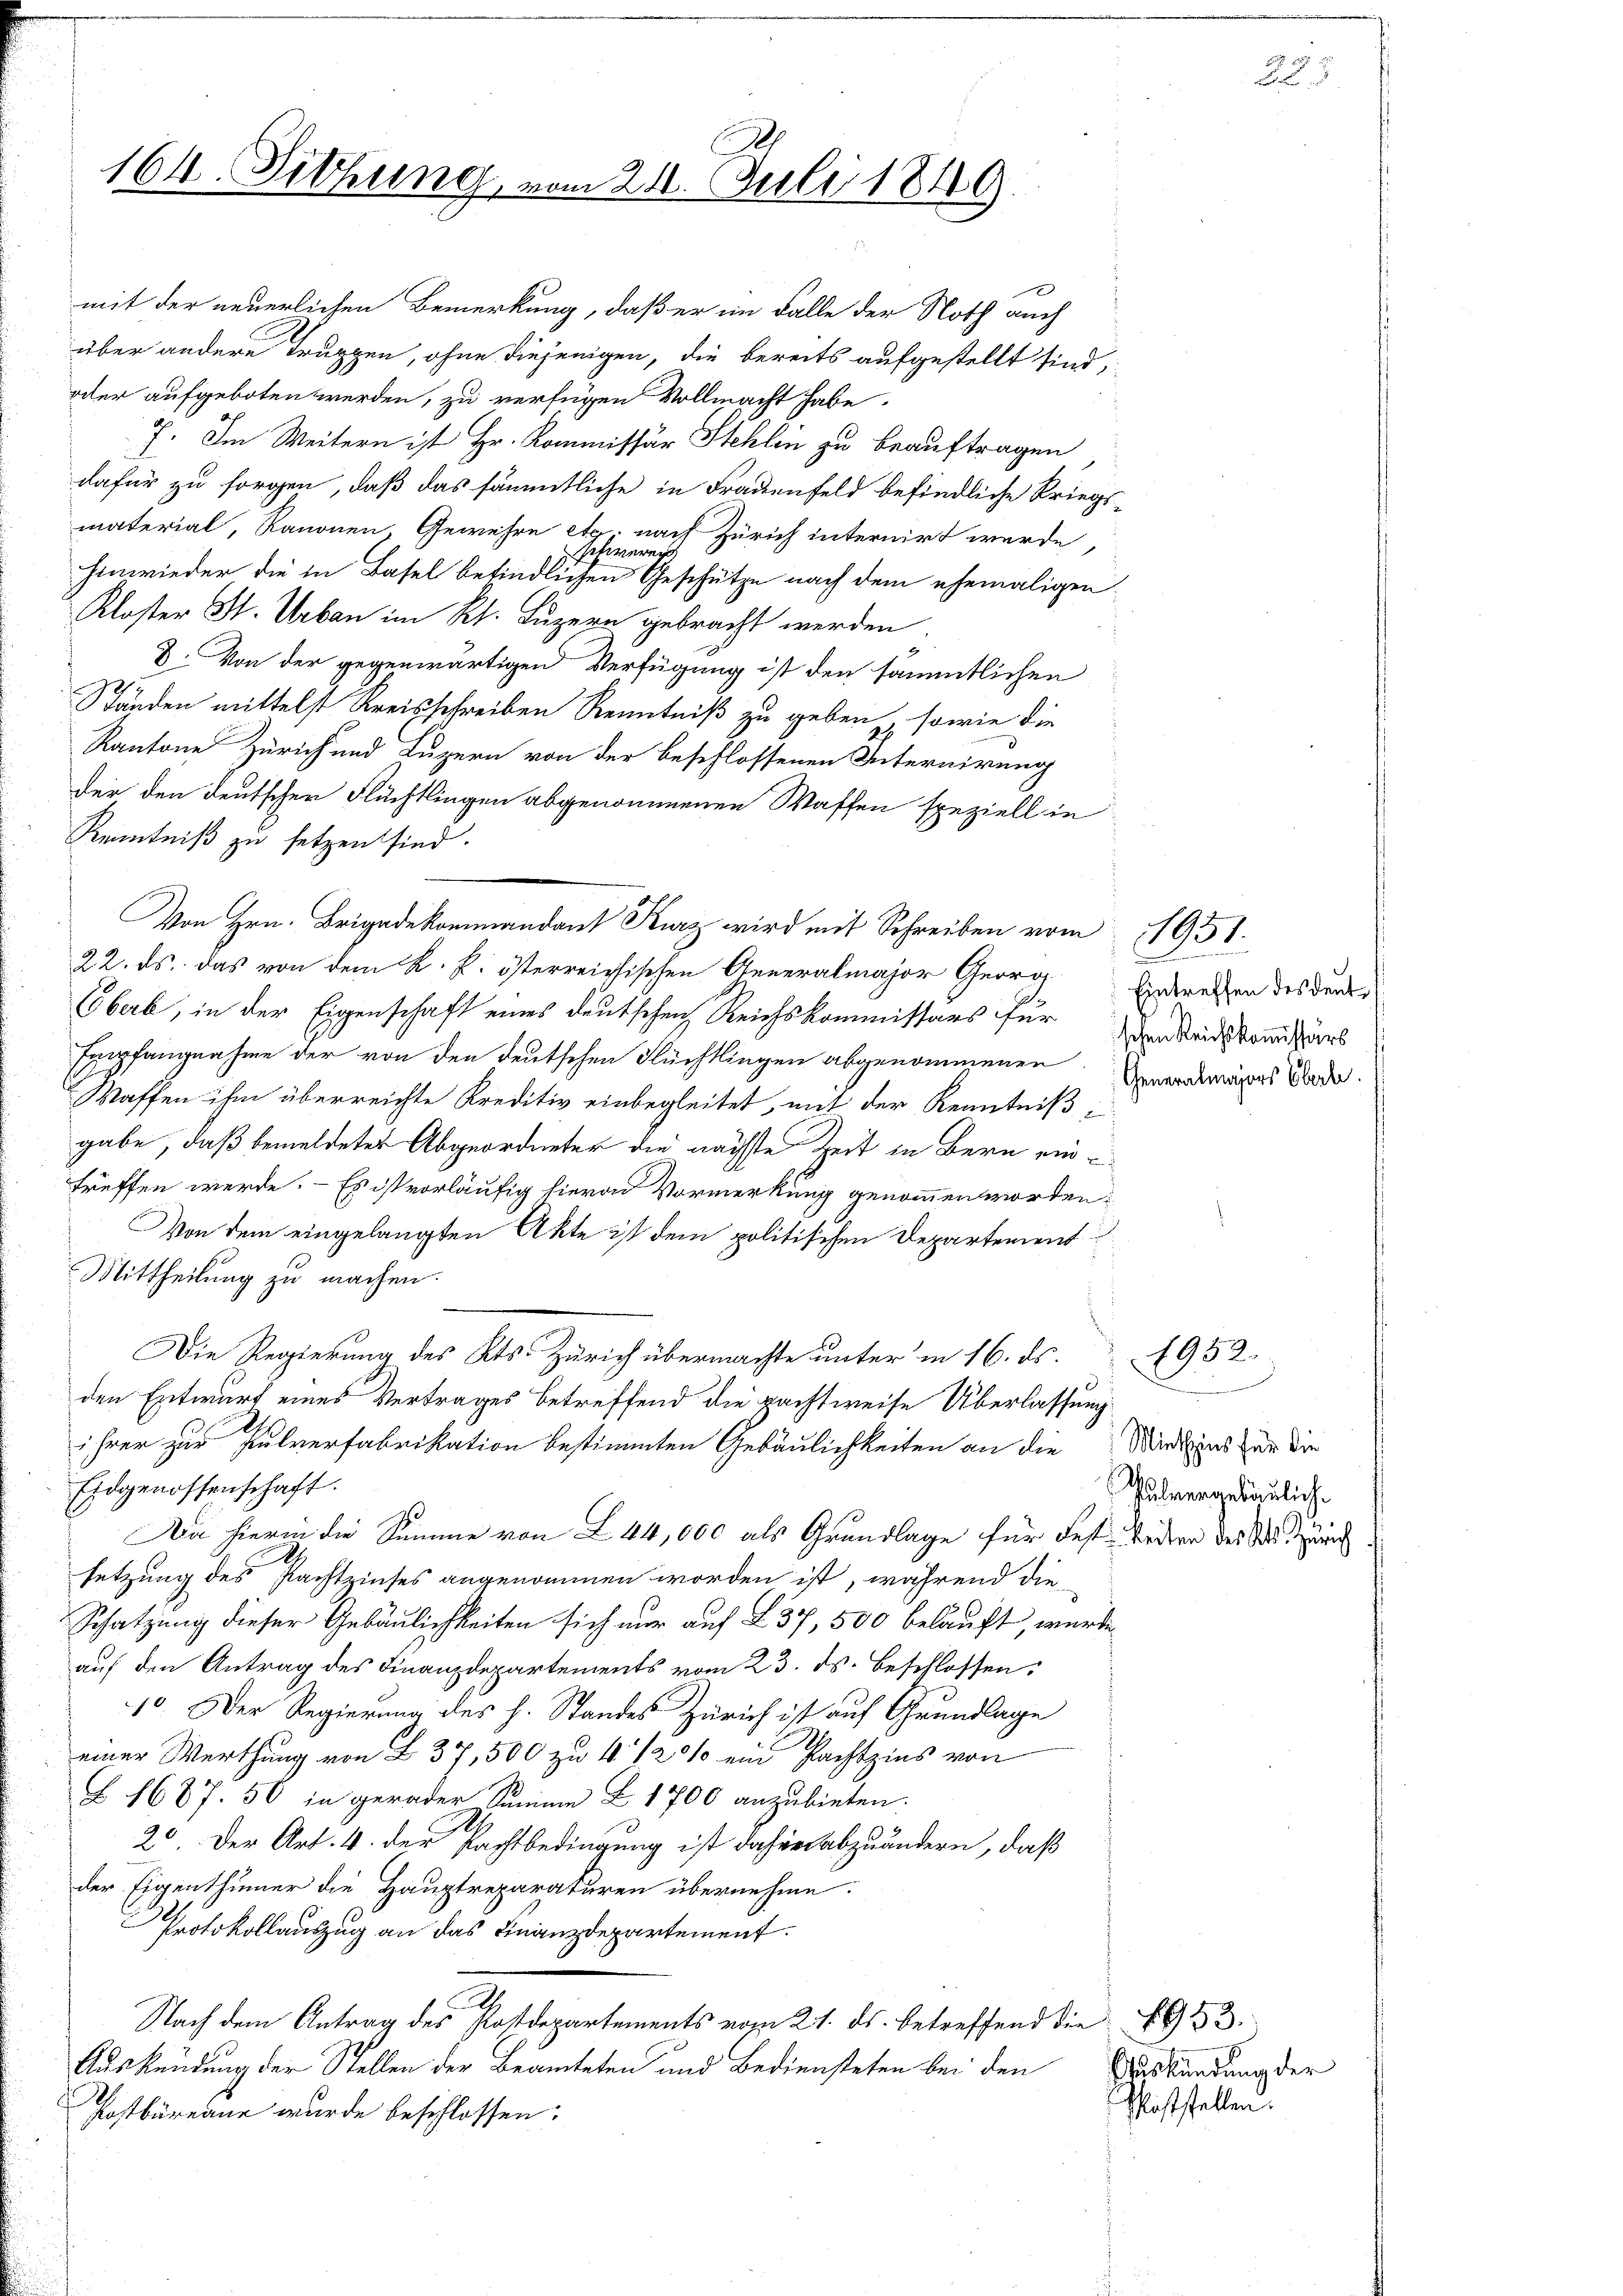
164. Sitzung

mit der neuerlichen Bemerkung, daß er im Falle der Noth auch
über andere Truppen, ohne diejenigen, die bereits aufgestellt sind,
oder aufgeboten werden, zu verfügen Vollmacht habe.
7. Im Weitern ist Hr. Kommissär Stehlen zu beauftragen
dafür zu sorgen, daß das sämmtliche in Frauenfeld befindliche Kriegsmaterial, Kanonen, Gewehre etc. nach Zürich internirt wurde,
schweren
hinwieder die in Basel befindlichen Geschütze nach dem ehemaligen
Kloster St. Urban im Kt. Luzern gebracht werden
8. Von der gegenwärtigen Verfügung ist den sämmtlichen
Ständen mittelst Kreisschreiben Kenntniß zu geben, sowie die
Kantone Zürich und Luzern von der beschlossenen Internirung
der den deutscher Flüchtlingen abgenommenen Waffen speziell in
Kenntniß zu setzen sind.
Von Hrn. Brigadekommandant Kurz wird mit Schreiben vom 11951.
22. ds. das von dem k. k. österreichischen Generalmajor Georg
Oberb, in der Eigenschaft eines deutschen Reichskommissärs für Anstadtrandars
Empfangnahme der von den deutschen Flüchtlingen abgenommenen
Waffen ihm überreichte Kreditiv einbegleitet, mit der Kenntniß
gabe, daß bemeldeter Abgeordneter die nächste Zeit in Bern eintreffen werde. Es ist vorläufig hievon Vormerkung genommen worden,
Von dem eingelangten Akte ist dem politischen Departement
Mittheilung zu machen.
Die Regierung des Kts. Zürich übermachte unter in 16. ds.
den Entwurf eines Vertrages betreffend die pachtweise Überlassung
ihrer zur Pulverfabrikation bestimmten Gebäulichkeiten an die Wädens zur die
Eidgenossenschaft.
Da hierin die Summe von 244,000 als Grundlage für des Weiter des Sitzun
setzung des Pachtzinses angenommen worden ist, während die¬
Schatzung dieser Gebäulichkeiten sich nur auf 237, 500 belauft, wurde
auf den Antrag des Finanzdepartements vom 23. ds. beschlossen:
10. Der Regierung des h. Standes Zürich ist auf Grundlage
einer Werthung von L. 37,500 zu 4 1/2 % ein Pachtzins von
Z 1687. 50 in gerader Summe Z. 1700 anzubieten.
20. Der Art. 4. der Pachtbedingung ist daher abzuändern, daß
der Eigenthümer die Hauptreparaturen übernehme.
Protokollauszug an das Finanzdepartement.
Nach dem Antrag des Postdepartements vom 21. ds. betreffend die 433.
Auskündung der Stellen der Beamteten und Bediensteten bei den
Postbüreau wurde beschlossen:

21. Juli 1849.

E
s
Eintreffen des deut¬
Generalmajors Ebert.

Pulvergebäuliche

1952.

Auskündung der
Maststellen.